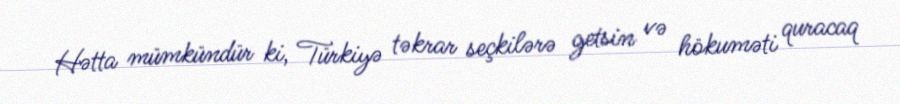
Hətta mümkündür ki, Türkiyə təkrar seçkilərə getsin və hökuməti quracaq